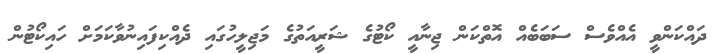
ދައްކަންވީ އެއްވެސް ސަބަބެއް އޮތްކަން ޖިނާއީ ކޯޓުގެ ޝަރީއަތުގެ މަޖިލީހުގައި ދެއްކިފައިނުވާކަމަށް ހައިކޯޓުން